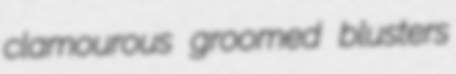
clamourous groomed blusters